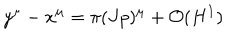
y ^ { \mu } - x ^ { \mu } = \pi ( J p ) ^ { \mu } + { \cal O } ( H ^ { 1 } )